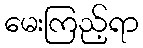
မေးကြည့်ရာ